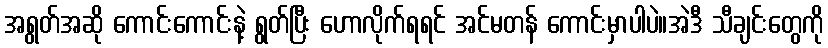
အရွတ်အဆို ကောင်းကောင်းနဲ့ ရွတ်ပြီး ဟောလိုက်ရရင် အင်မတန် ကောင်းမှာပါပဲ။အဲဒီ သီချင်းတွေကို